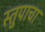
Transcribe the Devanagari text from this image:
स्तुपाचा